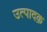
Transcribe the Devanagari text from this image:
उत्पादक़